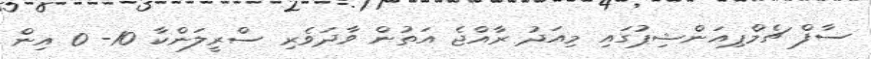
ސާފް ޗެމްޕިއަންޝިޕުގައި މިއަދު ރާއްޖެ އަތުން ވާދަވެރި ސްރީލަންކާ 10- 0 އިން